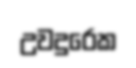
උවදුරෙක